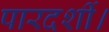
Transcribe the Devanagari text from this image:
पारदर्शी।